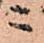
ニ